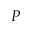
P